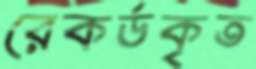
রেকর্ডকৃত